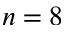
n = 8